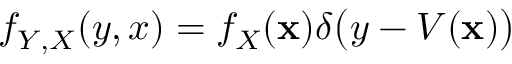
f _ { Y , X } ( y , x ) = f _ { X } ( \mathbf { x } ) \delta { \big ( } y - V ( \mathbf { x } ) { \big ) }